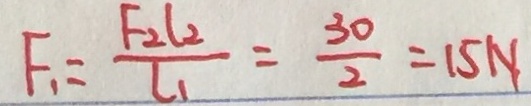
F _ { 1 } = \frac { F _ { 2 } l _ { 2 } } { l _ { 1 } } = \frac { 3 0 } { 2 } = 1 5 N